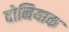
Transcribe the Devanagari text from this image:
दोनियाक